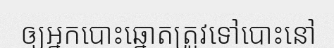
ឲ្យអ្នកបោះឆ្នោតត្រូវទៅបោះនៅ